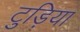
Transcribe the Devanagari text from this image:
टुड़िया